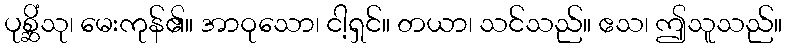
ပုစ္ဆိံသု၊ မေးကုန်၏။ အာဝုသော၊ ငါ့ရှင်။ တယာ၊ သင်သည်။ ဧသ၊ ဤသူသည်။